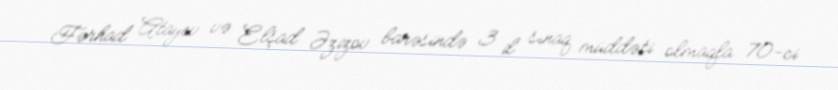
Fərhad Atayev və Elşad Əzizov barəsində 3 il sınaq müddəti olmaqla 70-ci